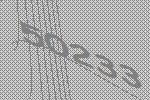
50233